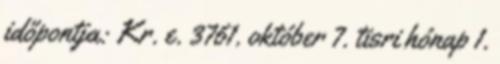
időpontja: Kr. e. 3761. október 7. tisri hónap 1.